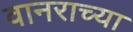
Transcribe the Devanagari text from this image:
वानराच्या